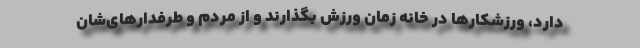
دارد، ورزشکارها در خانه زمان ورزش بگذارند و از مردم و طرفدارهای‌شان